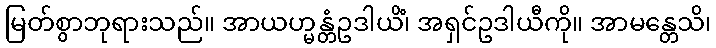
မြတ်စွာဘုရားသည်။ အာယဟ္မန္တံဥဒါယိံ၊ အရှင်ဥဒါယီကို။ အာမန္တေသိ၊